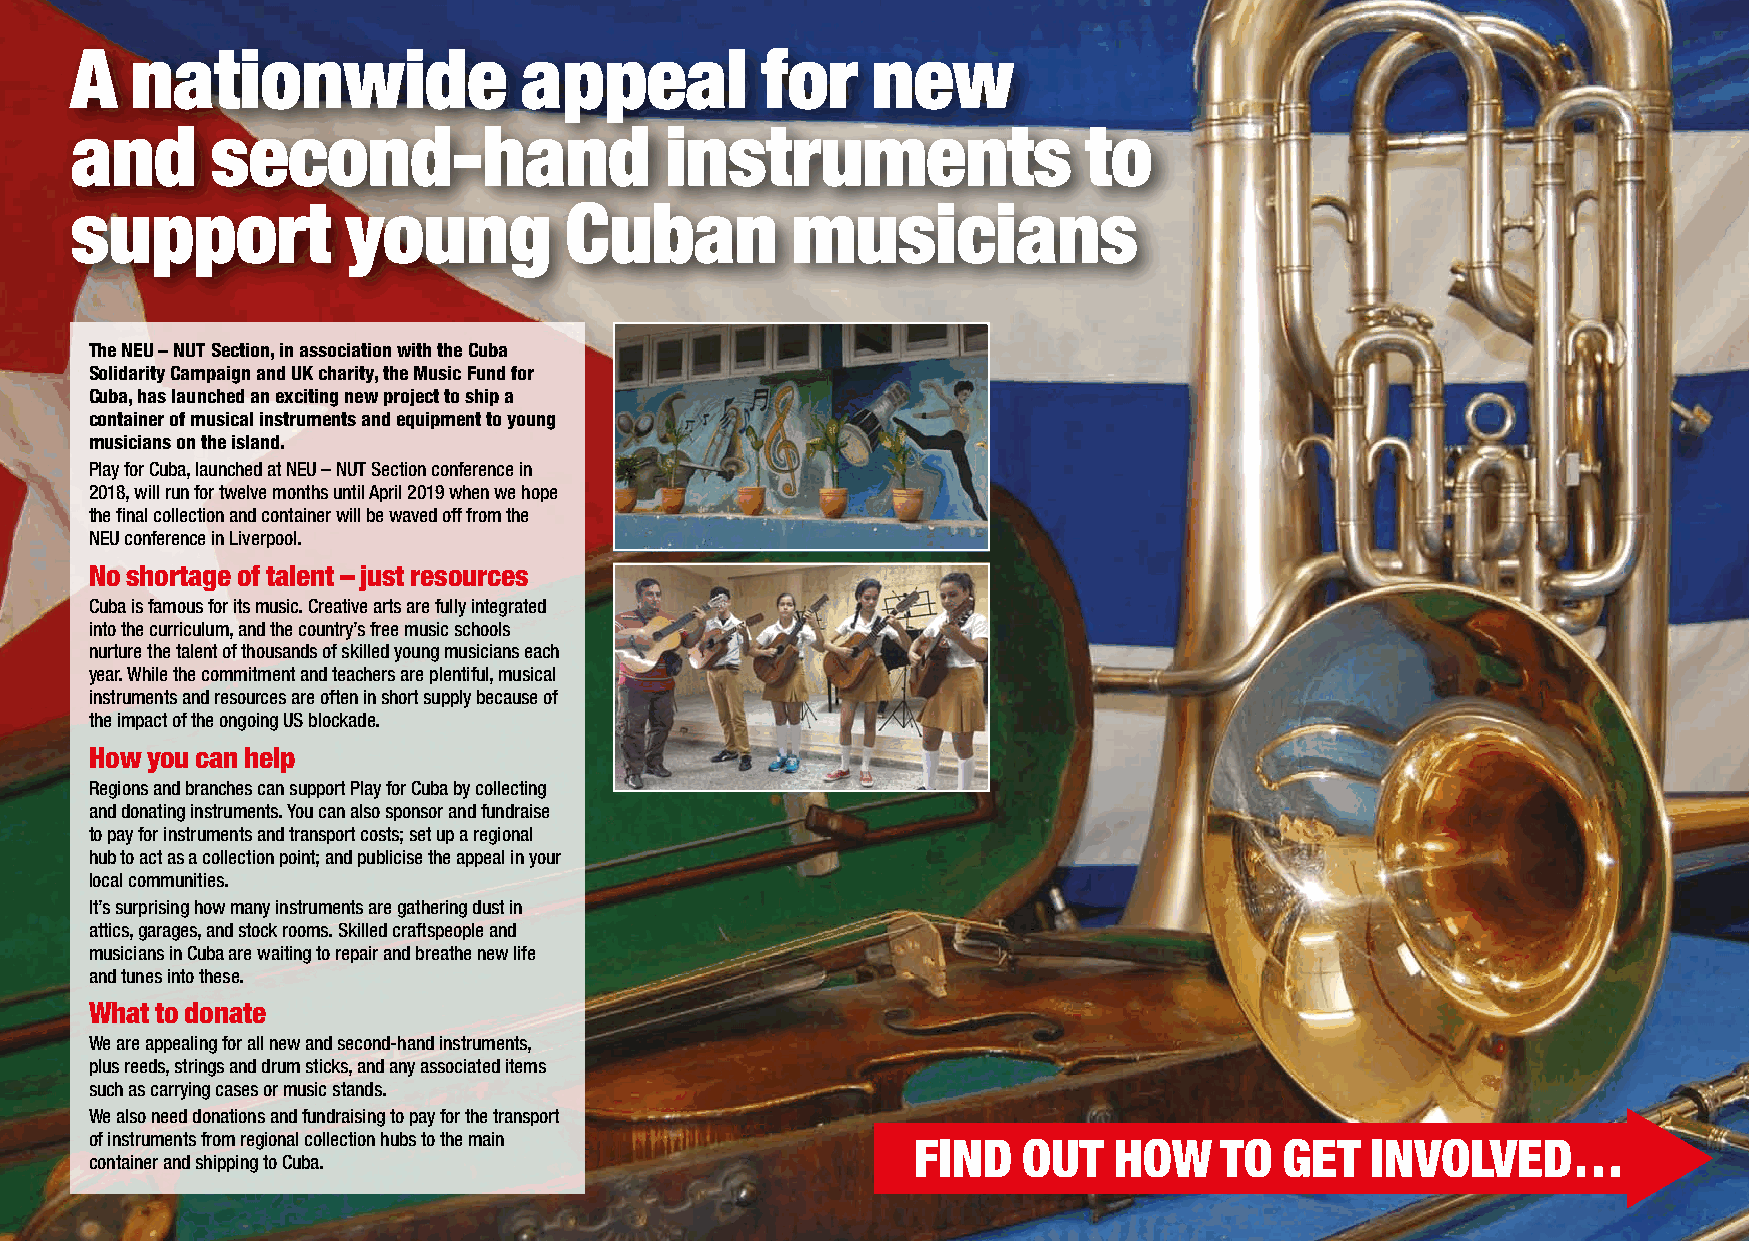
A   nationwide               appeal          for     new
 and      second-hand                   instruments                 to
 support           young         Cuban          musicians
 The NEU – NUT Section, in association with the Cuba
 Solidarity Campaign and UK charity, the Music Fund for
 Cuba, has launched an exciting new project to ship a
 container of musical instruments and equipment to young
 musicians on the island.
 Play for Cuba, launched at NEU – NUT Section conference in
 2018, will run for twelve months until April 2019 when we hope
 the final collection and container will be waved off from the
 NEU conference in Liverpool.
 No shortage of talent – just resources
 Cuba is famous for its music. Creative arts are fully integrated
 into the curriculum, and the country’s free music schools
 nurture the talent of thousands of skilled young musicians each
 year. While the commitment and teachers are plentiful, musical
 instruments and resources are often in short supply because of
 the impact of the ongoing US blockade.
 How you can help
 Regions and branches can support Play for Cuba by collecting
 and donating instruments. You can also sponsor and fundraise
 to pay for instruments and transport costs; set up a regional
 hub to act as a collection point; and publicise the appeal in your
 local communities.
 It’s surprising how many instruments are gathering dust in
 attics, garages, and stock rooms. Skilled craftspeople and
 musicians in Cuba are waiting to repair and breathe new life
 and tunes into these.
 What to donate
 We are appealing for all new and second-hand instruments,
 plus reeds, strings and drum sticks, and any associated items
 such as carrying cases or music stands.
 We also need donations and fundraising to pay for the transport
 of instruments from regional collection hubs to the main FINd OuT   HOW    TO  geT   INvOlved…
 container and shipping to Cuba.